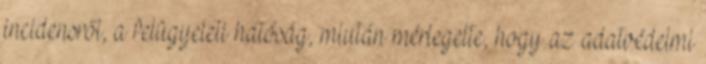
incidensről, a felügyeleti hatóság, miután mérlegelte, hogy az adatvédelmi